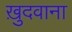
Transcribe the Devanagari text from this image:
ख़ुदवाना